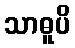
သာဓူပိ